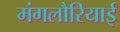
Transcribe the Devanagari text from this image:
मंगलौरियाई